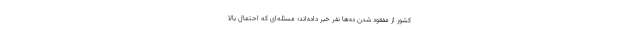
کشور از مفقود شدن ده‌ها نفر خبر داده‌اند؛ مسئله‌ای که احتمال بالا